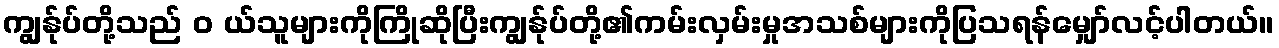
ကျွန်ုပ်တို့သည် ၀ ယ်သူများကိုကြိုဆိုပြီးကျွန်ုပ်တို့၏ကမ်းလှမ်းမှုအသစ်များကိုပြသရန်မျှော်လင့်ပါတယ်။